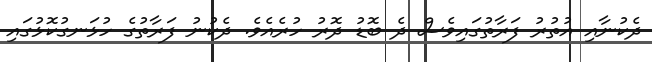
ދެކުނާއި އުތުރު ފަރާތުގައިވެސް ދެ ބޮޑު ދޮރު ހުރެއެވެ. ދެކުނު ފަރާތުގެ ހުޅަނގުކޮޅުގައި